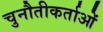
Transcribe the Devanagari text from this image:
चुनौतीकर्ताओं